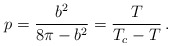
\begin{align*} p=\frac{b^2}{8\pi -b^2}=\frac{T}{T_c-T}\,.\end{align*}